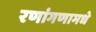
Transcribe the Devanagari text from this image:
रणांगणामधे